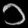
Digit: ၁